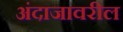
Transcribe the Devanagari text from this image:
अंदाजावरील